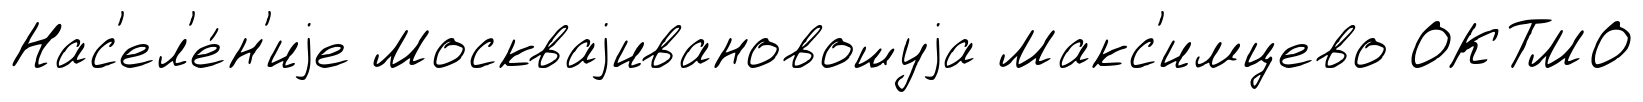
Нас'ел'е́н'иjе Москваjивановошуjа Макс'имцево ОКТМО